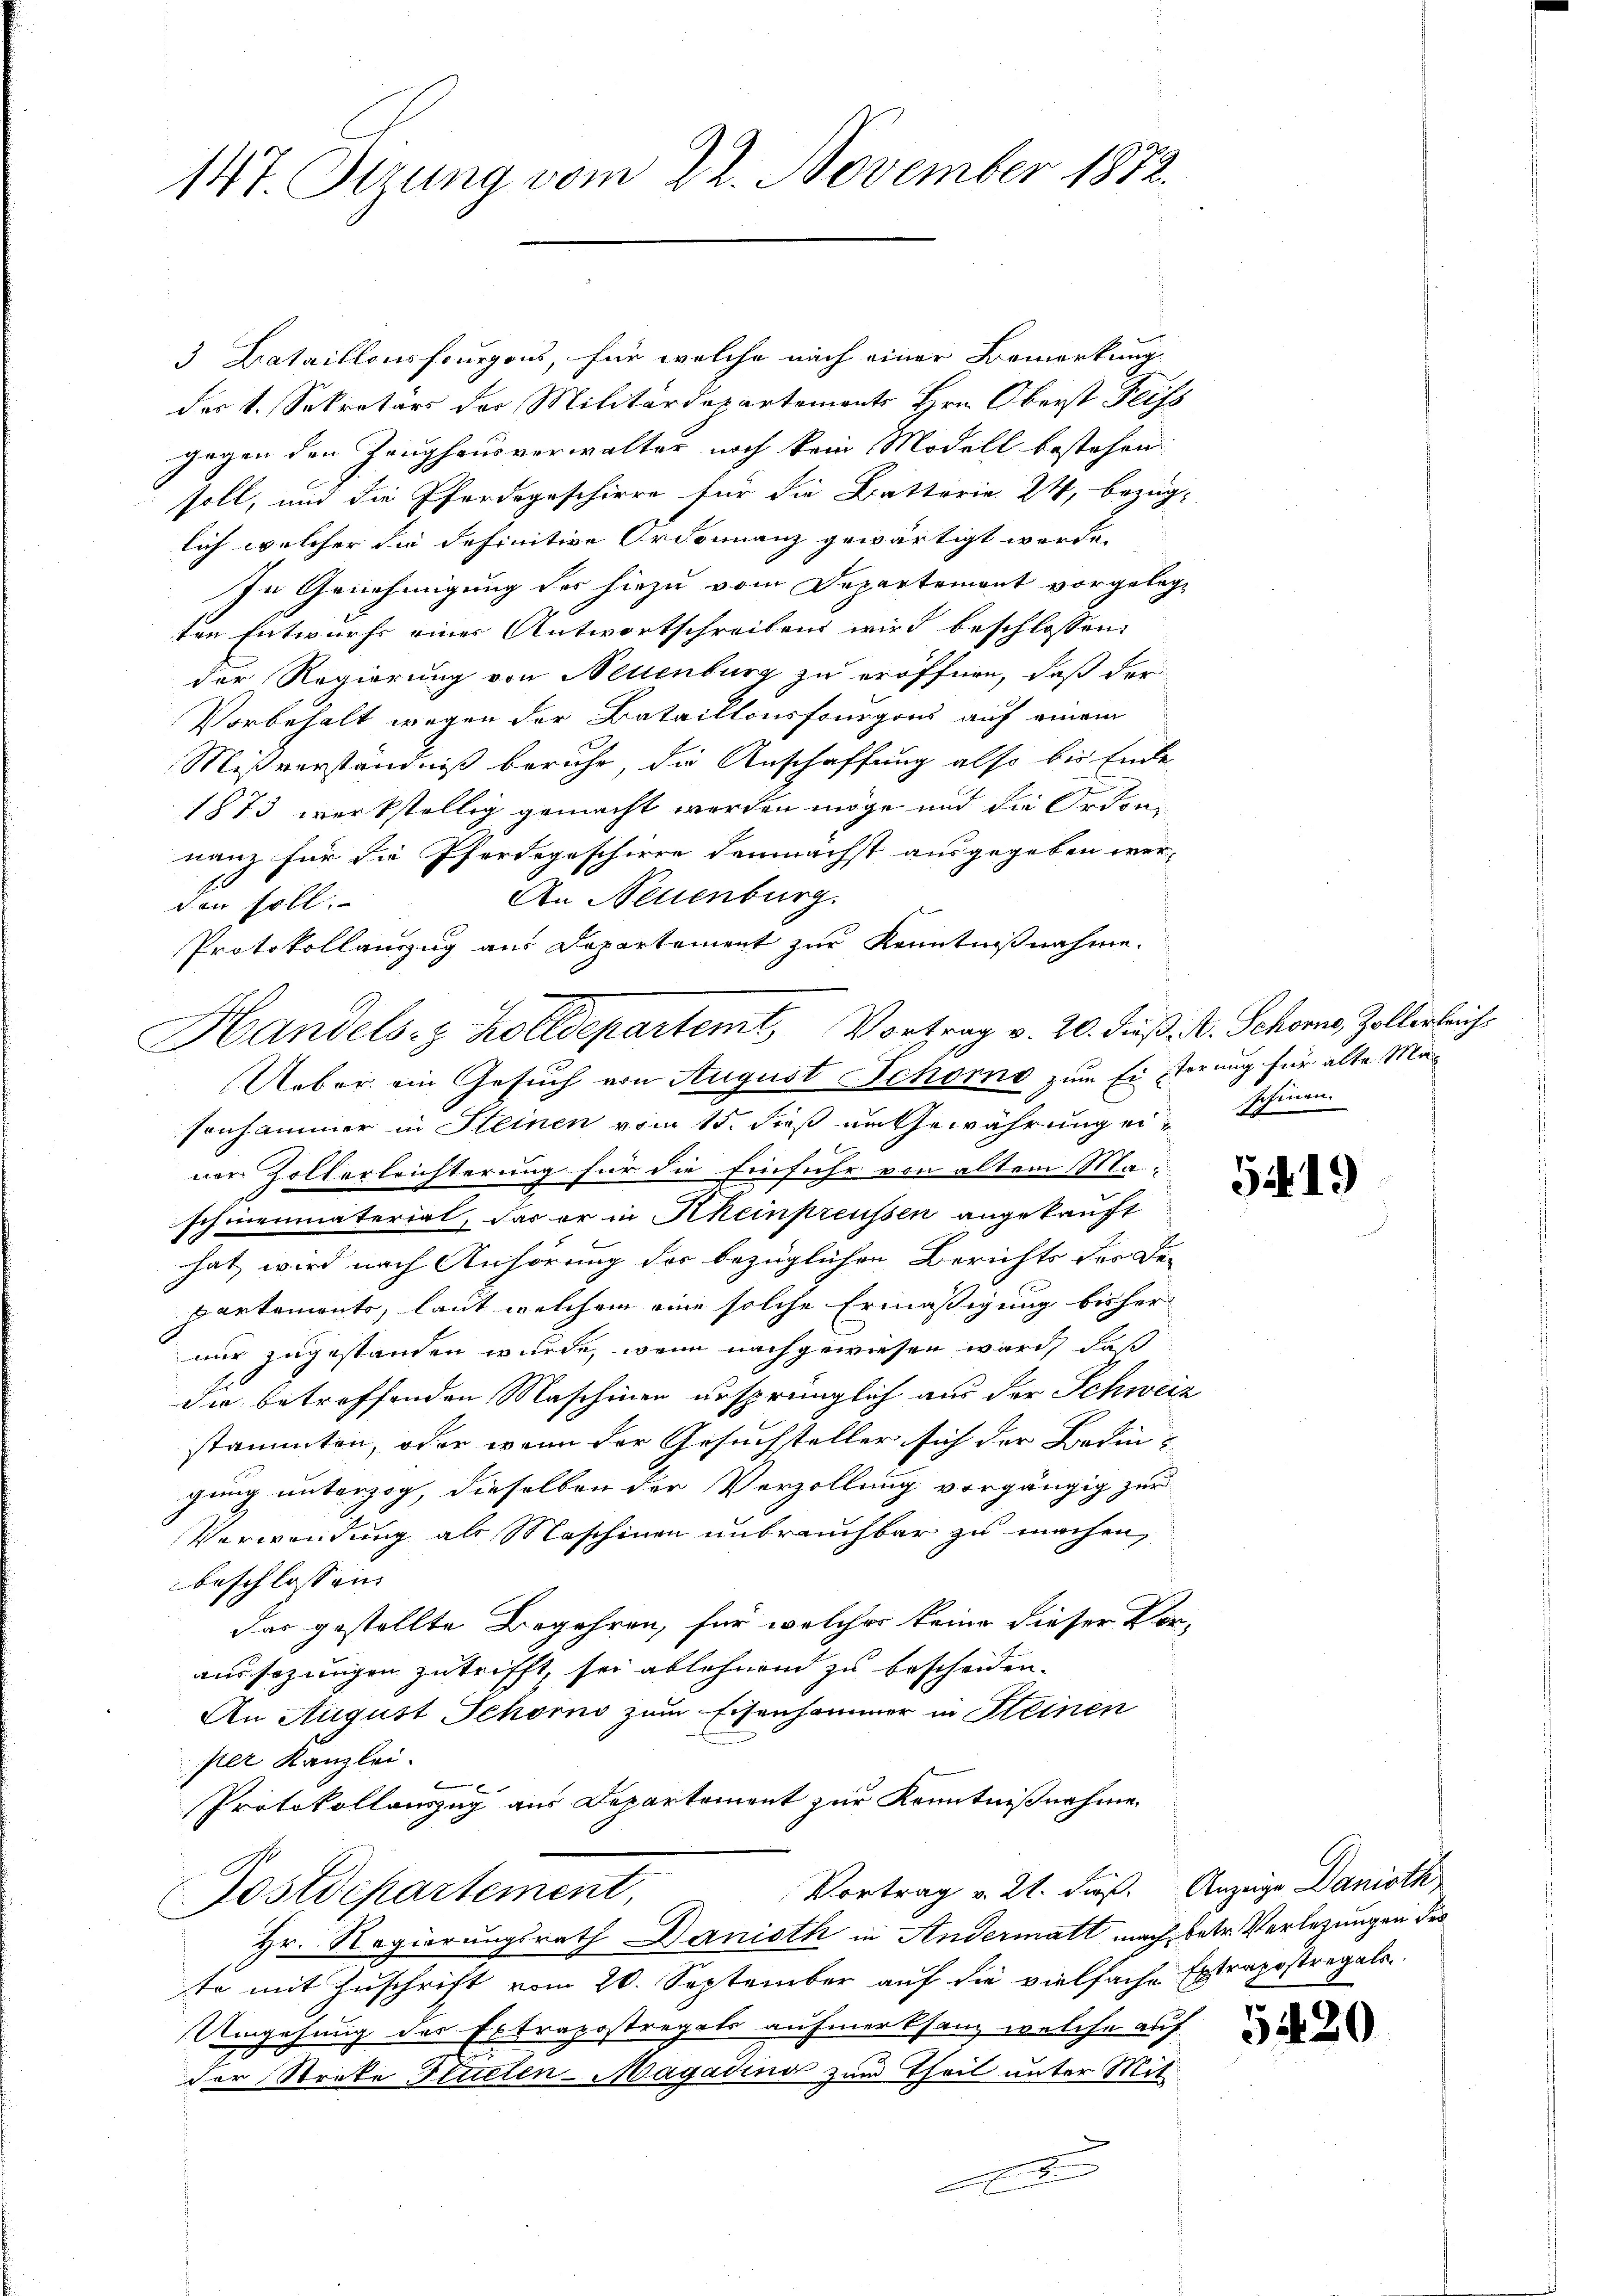
147. Sirung vom 22. November 1872.

3 Bataillonsfourgons, für welche nach einer Bemerkung
des 1. Sekretärs des Militärdepartements Hrn. Oberst Feifs
gegen den Zeughausverwalter noch kein Modell bestehen
soll, und die Pferdegeschirre für die Batterie 24, bezüg-
lich welcher die definitive Ordonnanz gewärtigt werde.
In Genehmigung der hiezu vom Departement vorgelegten Entwurfs einer Antwortschreiben wird beschlossen:
der Regierung von Neuenburg zu eröffnen, daß der
Vorbehalt wegen der Bataillonsfourgons auf einem
Mißverständniß beruhe, die Anschaffung also bis Ende
1873 werkstellig gemacht werden möge und die Orden.
nanz für die Pferdegeschiere demnächst ausgegeben wer¬
An Neuenburg.
den soll.
Protokollauszug aus Departement zur Kenntnißnahme.
n
Ueber ein Gesuch von August Schomo zum Eiferung für alte Masonhammer in Steinen vom 15. dieß im Gewährung ein schönen
ner Zollerleichterung für die Einfuhr von altem Mai
schmeumaterirt, das er in Rheinpreussen angekauft
hat, wird nach Anhörung der bezüglichen Berichts der De-
partements, laut welchem eine solche Ermäßigung bisher
nur zugestanden wurde, wenn nachgewiesen ware, daß
die betreffenden Maschinen ursprünglich aus der Schweiz
stammten, oder wenn der Gesuchsteller sich der Bedingung unterzog, dieselben der Verzollung vorgängig zur
Verwendung als Maschinen unbrauchbar zu machen,
beschlossen |
das gestellte Begehren, für welcher keine dieser Vor-
aussezungen zutrifft, sei ablehnend zu bescheiden.
An August Schorno zum Eisenhammer in Meinen
per Kanzlei.
6
Protokollauszug aus Departement zur Kenntnißnahme.
Vortrag v. 21. dieß. Anzeige Danioth
Postdepartement,
Hr. Regierungsrath Danisth in Andermatt nach betr. Verlegungen der
te mit Zuschrift vom 20. September auf die vielfache Extrapostregale
Umgehung des Extrapostregals aufmerksanz welche auf
Dor Strike Teuelen-Magadin zum Theil unter Mit
A

Handels- & Zolldepartemt Vortrag v. 20. Fuß, V. Schorn, Zollerleich¬

5419

5420